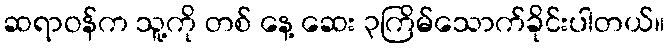
ဆရာဝန်က သူ့ကို တစ် နေ့ ဆေး ၃ကြိမ်သောက်ခိုင်းပါတယ်။